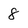
Character: 8